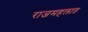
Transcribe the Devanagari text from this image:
राजमहलात